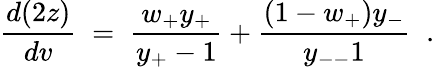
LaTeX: \frac{d(2z)}{dv}\; =\; \frac{w_{+}y_{+}}{y_{+}-1}+\frac{(1-w_{+})y_{-}}{y_{--}1}\; \; .